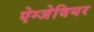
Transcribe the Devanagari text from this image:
ऐग्जेवियर